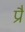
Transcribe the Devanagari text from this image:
प्रै